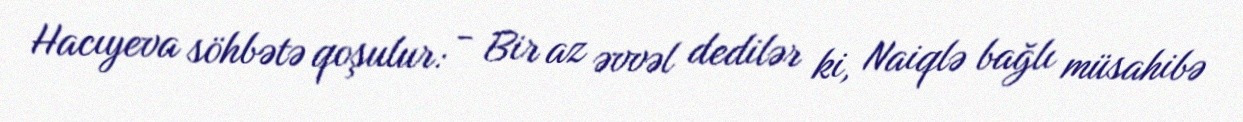
Hacıyeva söhbətə qoşulur: - Bir az əvvəl dedilər ki, Naiqlə bağlı müsahibə